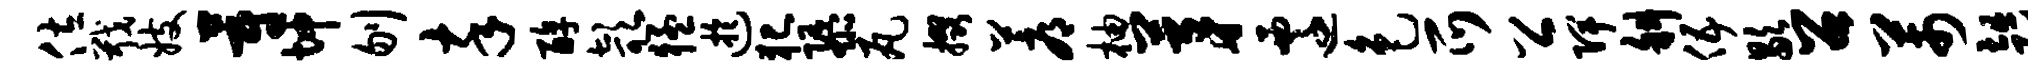
佐戢妓蔚坤刎卒醇欹猛迂犯隳瓦掇蓐柚茅迁色爪公陴斜伍歇召芾趄